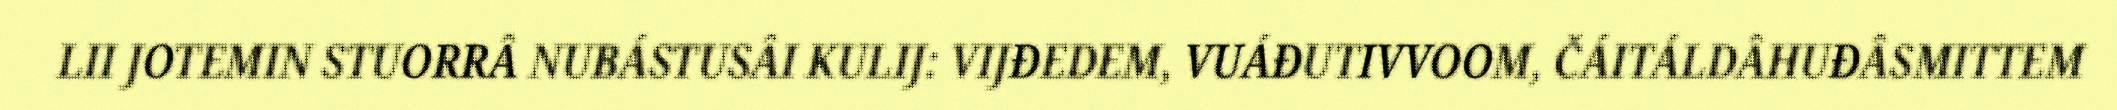
LII JOTEMIN STUORRÂ NUBÁSTUSÂI KULIJ: VIJĐEDEM, VUÁĐUTIVVOOM, ČÁITÁLDÂHUĐÂSMITTEM